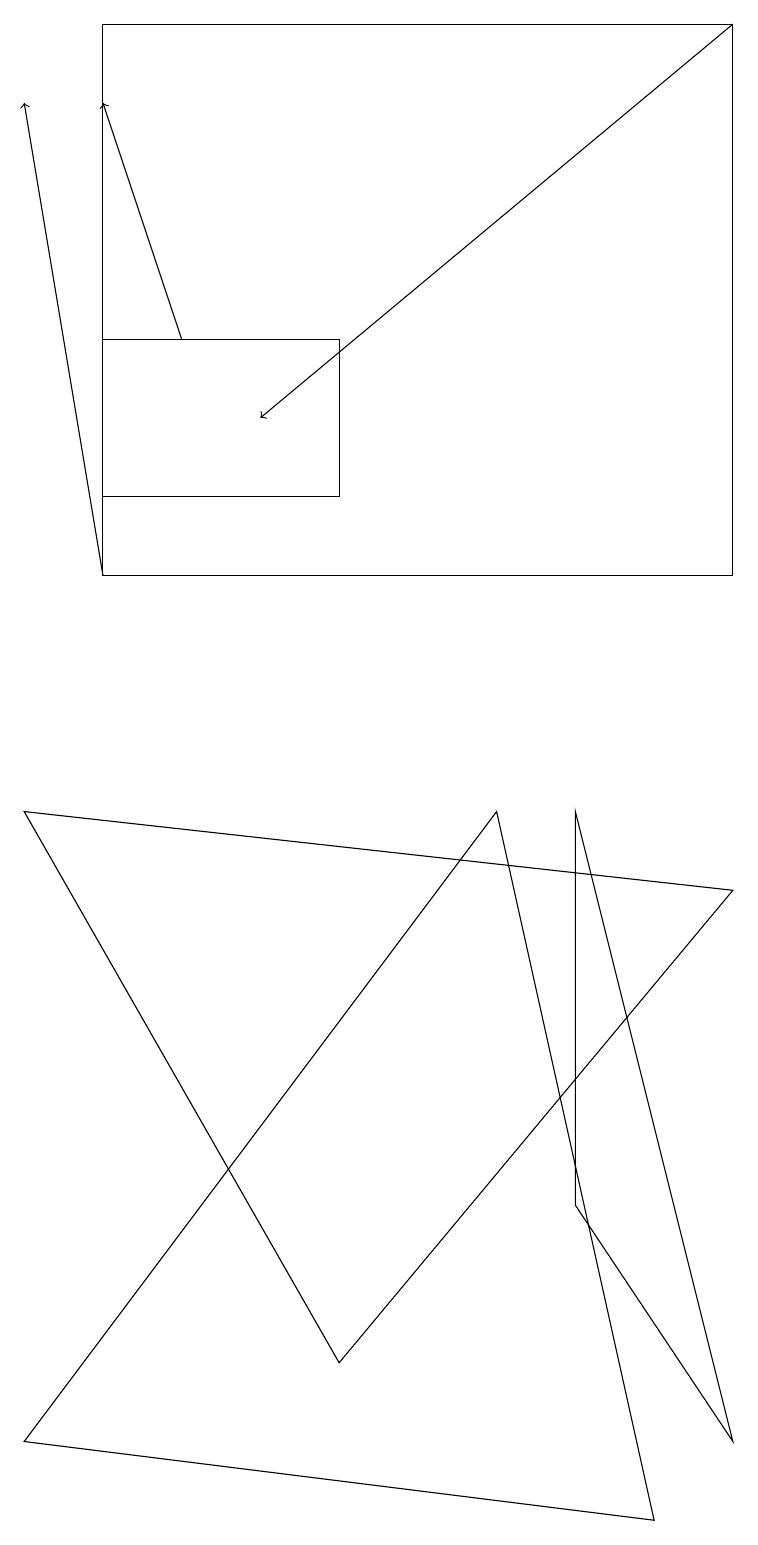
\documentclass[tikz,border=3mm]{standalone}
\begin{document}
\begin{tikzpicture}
\draw (9,12) rectangle (1,19);
\draw (9,1) -- (7,4) -- (7,9) -- cycle;
\draw[->] (9,19) -- (3,14);
\draw (0,1) -- (8,0) -- (6,9) -- cycle;
\draw (0,9) -- (4,2) -- (9,8) -- cycle;
\draw (4,15) rectangle (1,13);
\draw[->] (1,12) -- (0,18);
\draw[->] (2,15) -- (1,18);
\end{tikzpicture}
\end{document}